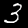
Digit: 3